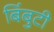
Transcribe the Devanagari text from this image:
बिंबुटी